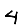
Digit: 4